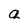
Character: a